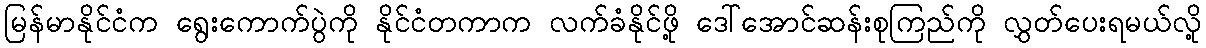
မြန်မာနိုင်ငံက ရွေးကောက်ပွဲကို နိုင်ငံတကာက လက်ခံနိုင်ဖို့ ဒေါ်အောင်ဆန်းစုကြည်ကို လွှတ်ပေးရမယ်လို့